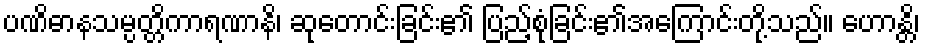
ပဏိဓာနသမ္ပတ္တိကာရဏာနိ၊ ဆုတောင်းခြင်း၏ ပြည့်စုံခြင်း၏အကြောင်းတို့သည်။ ဟောန္တိ၊